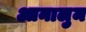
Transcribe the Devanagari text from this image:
आनालुम